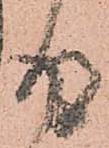
得